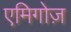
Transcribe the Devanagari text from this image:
एमिगोज़